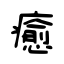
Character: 癒